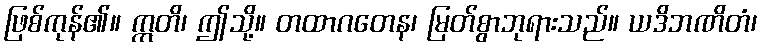
ဖြစ်ကုန်၏။ ဣတိ၊ ဤသို့။ တထာဂတေန၊ မြတ်စွာဘုရားသည်။ ယဒိဘဏိတံ၊